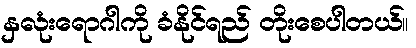
နှလုံးရောဂါကို ခံနိုင်ရည် တိုးစေပါတယ်။